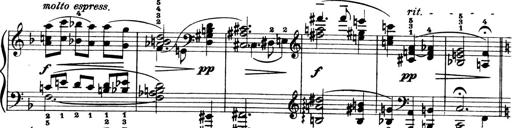
Title: 4 Sonatines
Composer: Max Reger